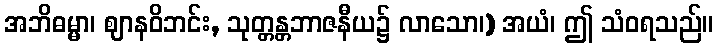
အဘိဓမ္မာ၊ ဈာနဝိဘင်း, သုတ္တန္တဘာဇနီယ၌ လာသော၊) အယံ၊ ဤ သံဝရသည်။